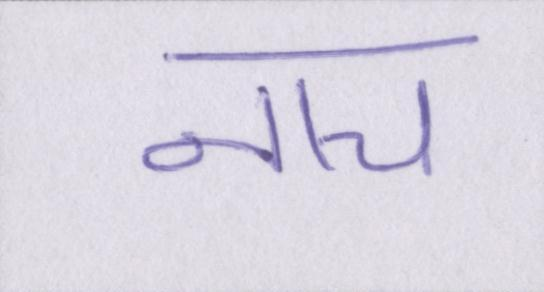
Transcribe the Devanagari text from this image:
नाच